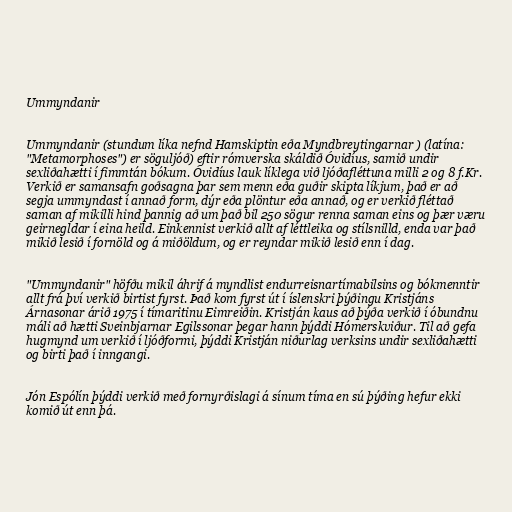
Ummyndanir

Ummyndanir (stundum líka nefnd Hamskiptin eða Myndbreytingarnar ) (latína:
"Metamorphoses") er söguljóð) eftir rómverska skáldið Óvidíus, samið undir
sexliðahætti í fimmtán bókum. Óvidíus lauk líklega við ljóðafléttuna milli 2 og 8 f.Kr.
Verkið er samansafn goðsagna þar sem menn eða guðir skipta líkjum, það er að
segja ummyndast í annað form, dýr eða plöntur eða annað, og er verkið fléttað
saman af mikilli hind þannig að um það bil 250 sögur renna saman eins og þær væru
geirnegldar í eina heild. Einkennist verkið allt af léttleika og stílsnilld, enda var það
mikið lesið í fornöld og á miðöldum, og er reyndar mikið lesið enn í dag.

"Ummyndanir" höfðu mikil áhrif á myndlist endurreisnartímabilsins og bókmenntir
allt frá því verkið birtist fyrst. Það kom fyrst út í íslenskri þýðingu Kristjáns
Árnasonar árið 1975 í tímaritinu Eimreiðin. Kristján kaus að þýða verkið í óbundnu
máli að hætti Sveinbjarnar Egilssonar þegar hann þýddi Hómerskviður. Til að gefa
hugmynd um verkið í ljóðformi, þýddi Kristján niðurlag verksins undir sexliðahætti
og birti það í inngangi.

Jón Espólín þýddi verkið með fornyrðislagi á sínum tíma en sú þýðing hefur ekki
komið út enn þá.